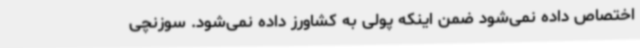
اختصاص داده نمی‌شود ضمن اینکه پولی به کشاورز داده نمی‌شود. سوزنچی